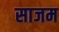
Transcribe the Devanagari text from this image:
साजम